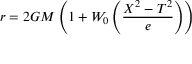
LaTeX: r = 2 G M \left( 1 + W _ { 0 } \left( { \frac { X ^ { 2 } - T ^ { 2 } } { e } } \right) \right)